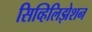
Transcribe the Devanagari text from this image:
सिव्हिलिझेशन